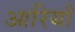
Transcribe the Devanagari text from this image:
आरियाँ